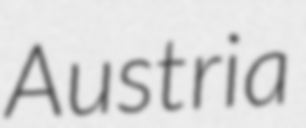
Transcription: Austria